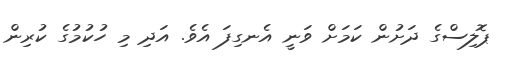
ޕޮލިސްގެ ދަށުން ކަމަށް ވަނީ އެނގިފަ އެވެ. އަދި މި ހުކުމުގެ ކުރިން